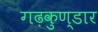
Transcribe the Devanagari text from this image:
गढ़कुण्डार